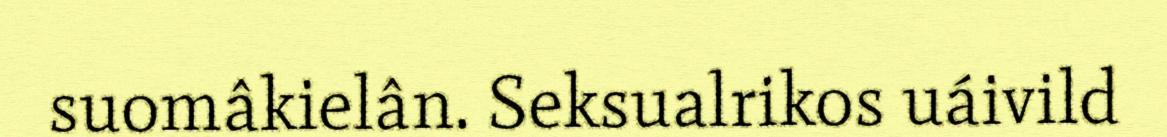
suomâkielân. Seksualrikos uáivild